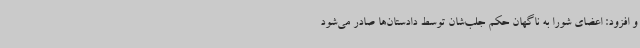
و افزود: اعضای شورا به ناگهان حکم جلب‌شان توسط دادستان‌ها صادر می‌شود